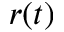
r ( t )